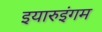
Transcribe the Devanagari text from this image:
इयारुइंगम